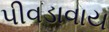
પીવડાવાય